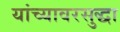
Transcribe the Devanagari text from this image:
यांच्यावरसुद्धा